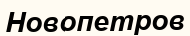
Новопетров